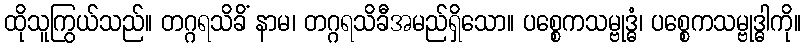
ထိုသူကြွယ်သည်။ တဂ္ဂရသိခိံ နာမ၊ တဂ္ဂရသိခီအမည်ရှိသော။ ပစ္စေကသမ္ဗုဒ္ဓံ၊ ပစ္စေကသမ္ဗုဒ္ဓါကို။